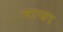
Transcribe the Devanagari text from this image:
नाफा